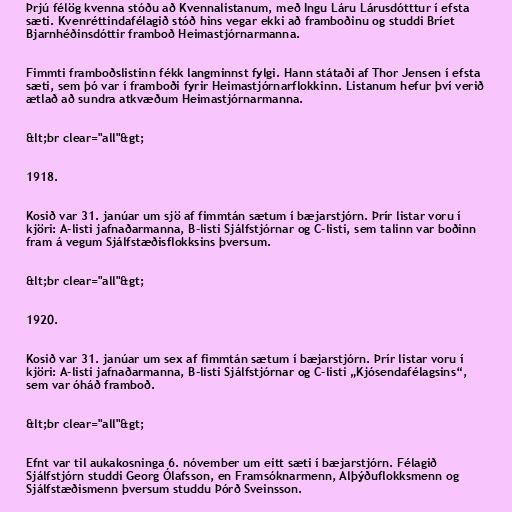
Þrjú félög kvenna stóðu að Kvennalistanum, með Ingu Láru Lárusdótttur í efsta
sæti. Kvenréttindafélagið stóð hins vegar ekki að framboðinu og studdi Bríet
Bjarnhéðinsdóttir framboð Heimastjórnarmanna.

Fimmti framboðslistinn fékk langminnst fylgi. Hann státaði af Thor Jensen í efsta
sæti, sem þó var í framboði fyrir Heimastjórnarflokkinn. Listanum hefur því verið
ætlað að sundra atkvæðum Heimastjórnarmanna.

&lt;br clear="all"&gt;

1918.

Kosið var 31. janúar um sjö af fimmtán sætum í bæjarstjórn. Þrír listar voru í
kjöri: A-listi jafnaðarmanna, B-listi Sjálfstjórnar og C-listi, sem talinn var boðinn
fram á vegum Sjálfstæðisflokksins þversum.

&lt;br clear="all"&gt;

1920.

Kosið var 31. janúar um sex af fimmtán sætum í bæjarstjórn. Þrír listar voru í
kjöri: A-listi jafnaðarmanna, B-listi Sjálfstjórnar og C-listi „Kjósendafélagsins“,
sem var óháð framboð.

&lt;br clear="all"&gt;

Efnt var til aukakosninga 6. nóvember um eitt sæti í bæjarstjórn. Félagið
Sjálfstjórn studdi Georg Ólafsson, en Framsóknarmenn, Alþýðuflokksmenn og
Sjálfstæðismenn þversum studdu Þórð Sveinsson.